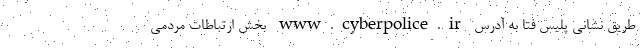
طریق نشانی پلیس فتا به آدرس www.cyberpolice.ir بخش ارتباطات مردمی